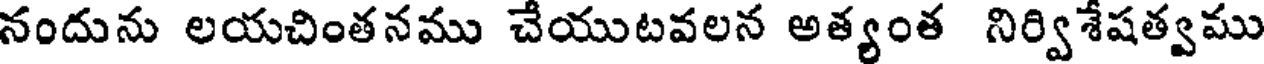
నందును లయచింతనము చేయుటవలన అత్యంత నిర్విశేషత్వము